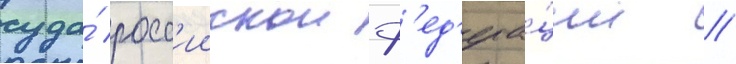
суда́ росс'иискои ф'ед'ера́ции //